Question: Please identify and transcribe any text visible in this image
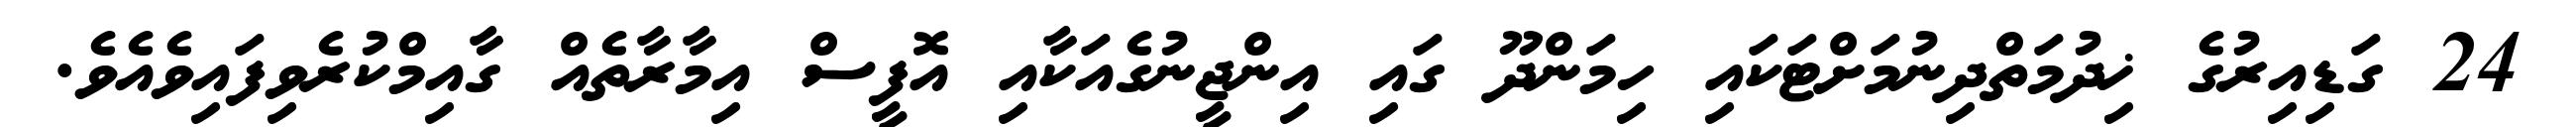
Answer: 24 ގަޑިއިރުގެ ޚިދުމަތްދިނުމަށްޓަކައި ހިމަންދޫ ގައި އިންޖީނުގެއަކާއި އޮފީސް އިމާރާތެއް ގާއިމްކުރެވިފައިވެއެވެ.